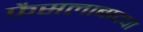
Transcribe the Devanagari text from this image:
फैसलाबादचा